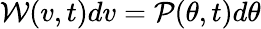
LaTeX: \mathcal{W}(v,t)dv=\mathcal{P}(\theta,t)d\theta